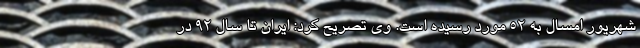
شهریور امسال به 52 مورد رسیده است. وی تصریح کرد: ایران تا سال 92 در